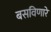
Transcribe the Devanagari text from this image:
बसविणारे